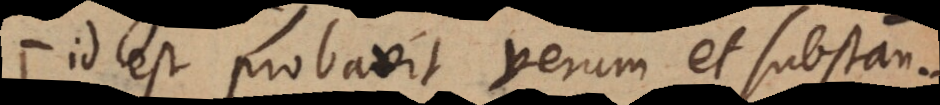
id est probavit verum et